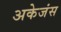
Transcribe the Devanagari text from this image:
अकेजंस